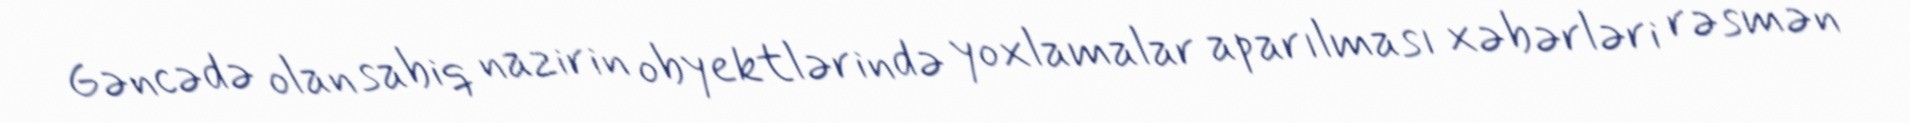
Gəncədə olan sabiq nazirin obyektlərində yoxlamalar aparılması xəbərləri rəsmən